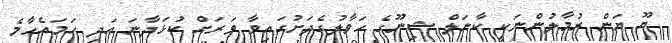
ޔޫ ޔަން ރުމާލުންނަކީ ކާނަލް ޝިނޫގެ ހަވާލުގެދަށުގައިވާ ވަރަށް ކުޅަދާނަ އަދި ހަމައެހާމެ